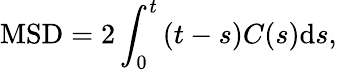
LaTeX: \mathrm{MSD}=2\int_{0}^{t}{(t-s)C(s)\mathrm{d}s},